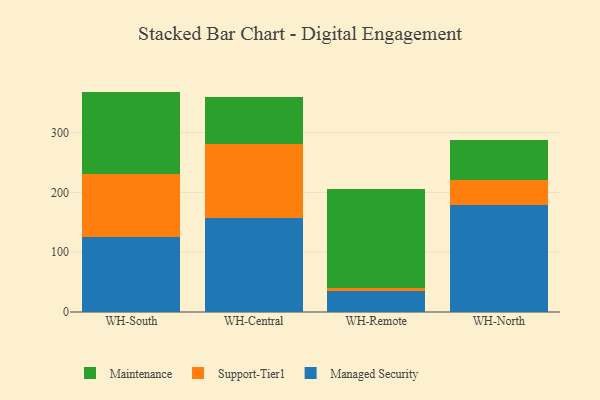
{"axis": {"x": "Warehouse", "y": "Page Views"}, "legend": ["Maintenance", "Managed Security", "Support-Tier1"], "data": [{"x": "WH-South", "y": 125.6, "type": "Managed Security"}, {"x": "WH-South", "y": 104.8, "type": "Support-Tier1"}, {"x": "WH-South", "y": 138.2, "type": "Maintenance"}, {"x": "WH-Central", "y": 156.8, "type": "Managed Security"}, {"x": "WH-Central", "y": 123.5, "type": "Support-Tier1"}, {"x": "WH-Central", "y": 78.9, "type": "Maintenance"}, {"x": "WH-Remote", "y": 35.2, "type": "Managed Security"}, {"x": "WH-Remote", "y": 5.4, "type": "Support-Tier1"}, {"x": "WH-Remote", "y": 165.9, "type": "Maintenance"}, {"x": "WH-North", "y": 178.2, "type": "Managed Security"}, {"x": "WH-North", "y": 43.2, "type": "Support-Tier1"}, {"x": "WH-North", "y": 66.5, "type": "Maintenance"}]}